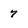
Character: 7